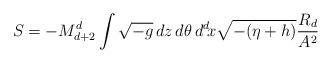
LaTeX: \begin{align*} S = -M_{d+2}^d \int \sqrt{-g} \, dz\, d\theta \, d^d\!x \sqrt{-(\eta+h)} \frac{R_d}{A^2}\end{align*}